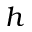
h